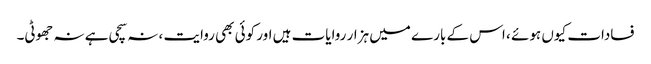
فسادات کیوں ہوئے ، اس کے بارے میں ہزار روایات ہیں اور کوئی بھی روایت ، نہ سچی ہے نہ جھوٹی۔